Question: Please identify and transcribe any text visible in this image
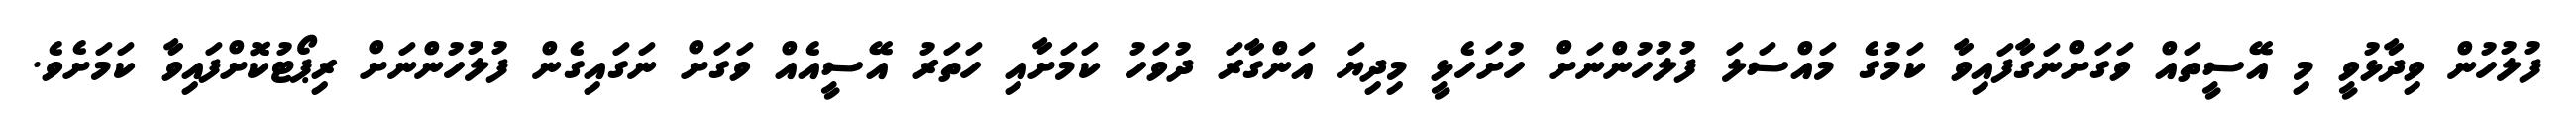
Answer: ފުލުހުން ވިދާޅުވީ މި އޭސީތައް ވަގަށްނަގާފައިވާ ކަމުގެ މައްސަލަ ފުލުހުންނަށް ހުށަހެޅީ މިދިޔަ އަންގާރަ ދުވަހު ކަމަށާއި ހަތަރު އޭސީއެއް ވަގަށް ނަގައިގެން ފުލުހުންނަށް ރިޕޯޓުކޮށްފައިވާ ކަމަށެވެ.